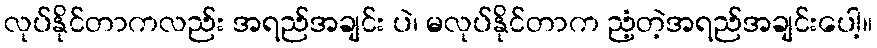
လုပ်နိုင်တာကလည်း အရည်အချင်း ပဲ၊ မလုပ်နိုင်တာက ညံ့တဲ့အရည်အချင်းပေါ့။